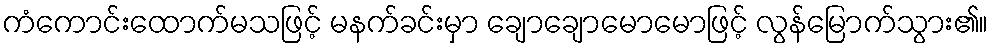
ကံကောင်းထောက်မသဖြင့် မနက်ခင်းမှာ ချောချောမောမောဖြင့် လွန်မြောက်သွား၏။